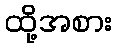
ထို့အစား